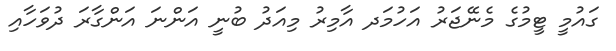
ގައުމީ ޓީމުގެ މެނޭޖަރު އަހުމަދ އާމިރު މިއަދު ބުނީ އަންނަ އަންގާރަ ދުވަހާއި